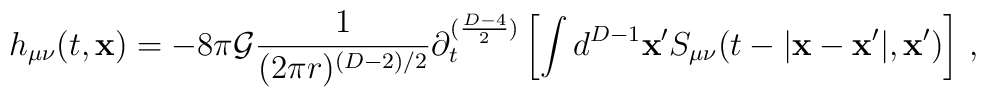
h_{\mu\nu}(t,{\bf x})= -8 \pi {\cal G} \frac{1}{(2\pi r)^{(D-2)/2}}\partial_{t}^{(\frac{D-4}{2})}\left[ \int d^{D-1}{\bf x'}  S_{\mu \nu}(t-|{\bf x-x'}|,{\bf x'})\right]\,,